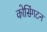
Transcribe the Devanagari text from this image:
कोसिंगटन